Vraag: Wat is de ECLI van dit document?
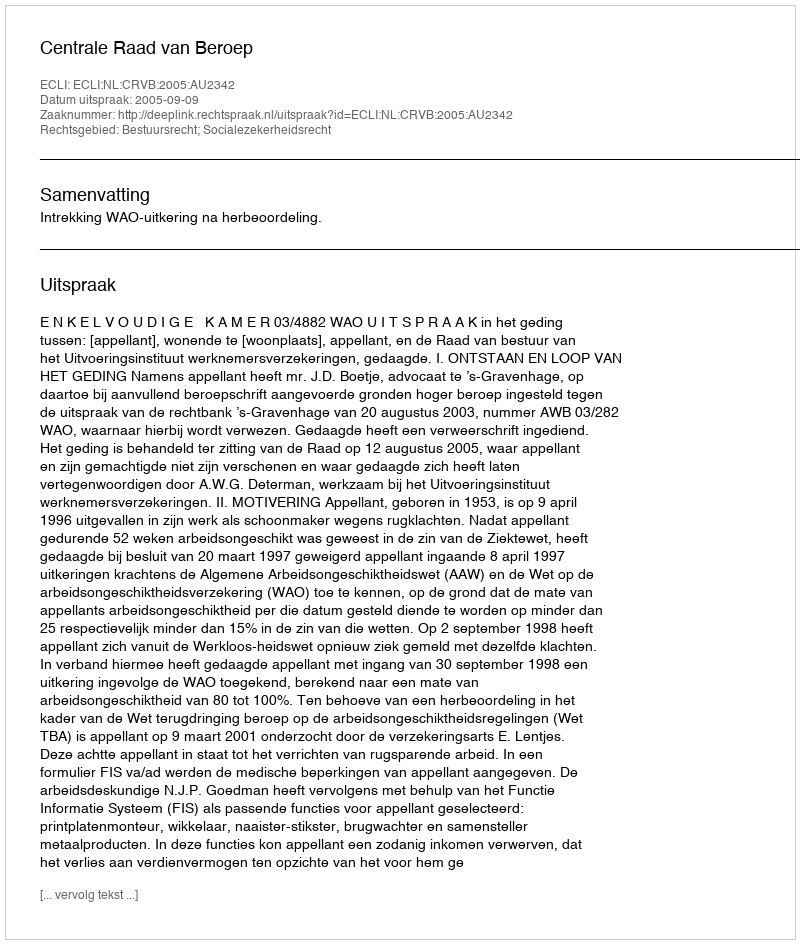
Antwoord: ECLI:NL:CRVB:2005:AU2342